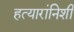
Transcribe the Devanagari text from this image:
हत्यारांनिशी